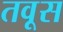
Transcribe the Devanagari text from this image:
तवूस